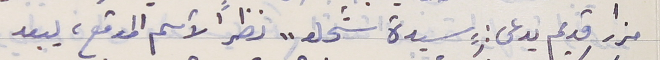
مزار قديم يدعى : "سيدة شحلو" نظراً لأسم الموقع، يبعد